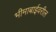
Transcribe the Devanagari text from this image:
भीमाबाईवरील